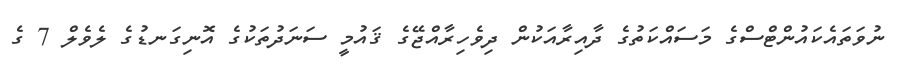
ނުވަތައެކައުންޓްސްގެ މަސައްކަތުގެ ދާއިރާއަކުން ދިވެހިރާއްޖޭގެ ޤައުމީ ސަނަދުތަކުގެ އޮނިގަނޑުގެ ލެވެލް 7 ގެ